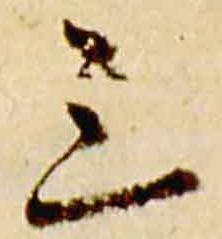
三